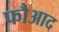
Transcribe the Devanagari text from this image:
फौआद